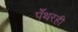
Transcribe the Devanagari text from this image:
पँथरही